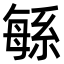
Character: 緐